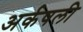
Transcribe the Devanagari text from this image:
अर्कषली